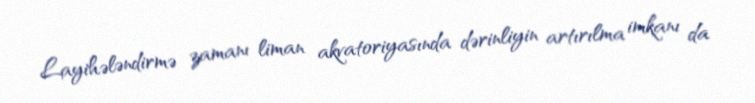
Layihələndirmə zamanı liman akvatoriyasında dərinliyin artırılma imkanı da